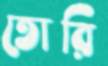
তোরি